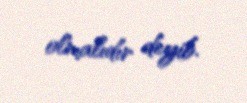
olmalıdır deyib.